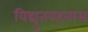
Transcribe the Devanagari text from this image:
विद्युतवहनास